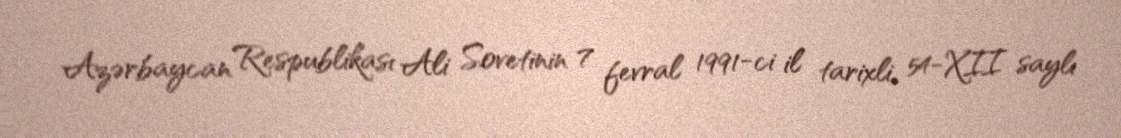
Azərbaycan Respublikası Ali Sovetinin 7 fevral 1991-ci il tarixli, 54-XII saylı